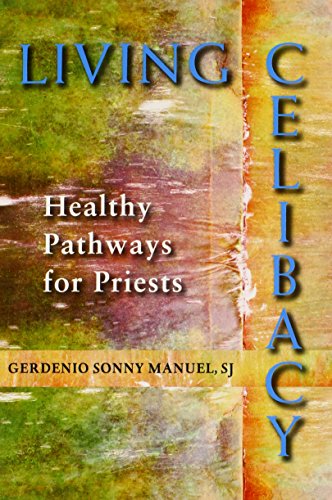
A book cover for Living Celibacy: Healthy Pathways for Priests; Sonny Manuel; Christian Books & Bibles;